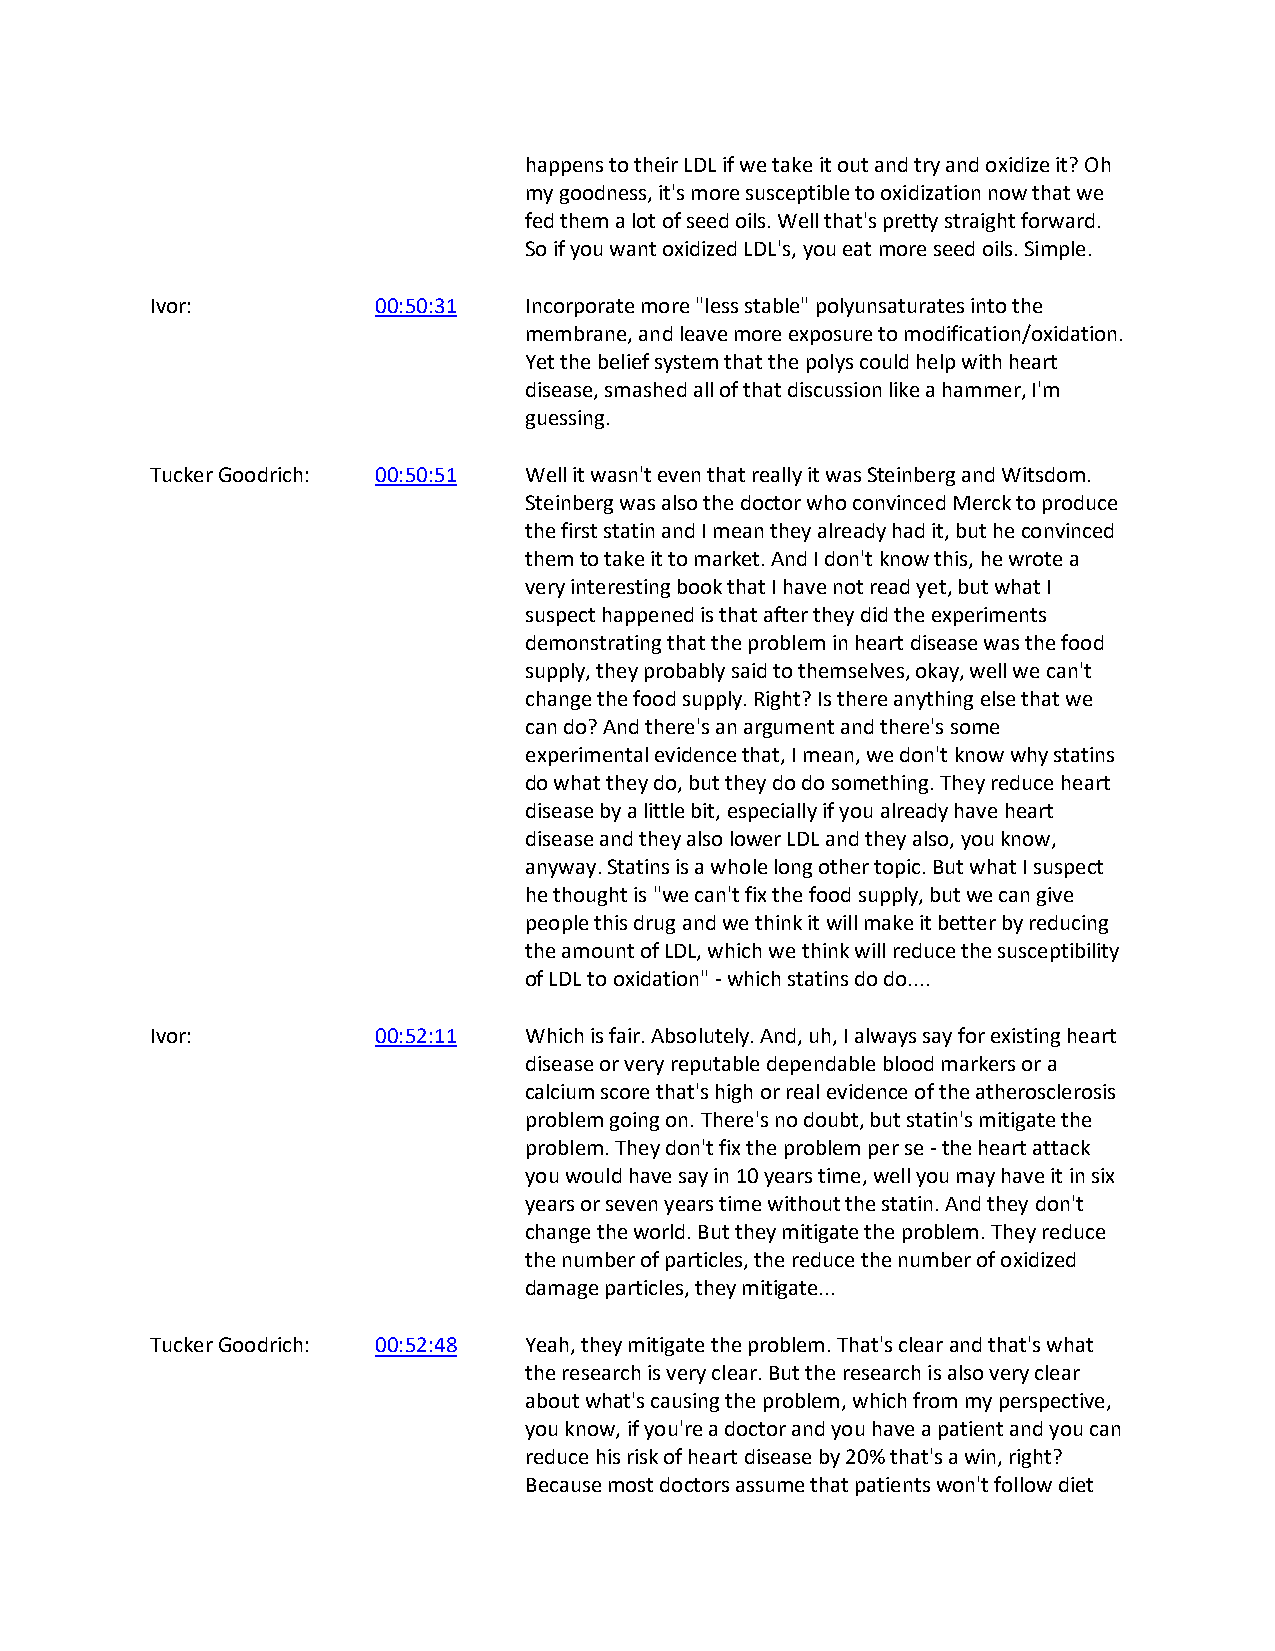
happens to their LDL if we take it out and try and oxidize it? Oh
 my goodness, it's more susceptible to oxidization now that we
 fed them a lot of seed oils. Well that's pretty straight forward.
 So if you want oxidized LDL's, you eat more seed oils. Simple.
 Ivor:          00:50:31  Incorporate more "less stable" polyunsaturates into the
 membrane, and leave more exposure to modification/oxidation.
 Yet the belief system that the polys could help with heart
 disease, smashed all of that discussion like a hammer, I'm
 guessing.
 Tucker Goodrich: 00:50:51 Well it wasn't even that really it was Steinberg and Witsdom.
 Steinberg was also the doctor who convinced Merck to produce
 the first statin and I mean they already had it, but he convinced
 them to take it to market. And I don't know this, he wrote a
 very interesting book that I have not read yet, but what I
 suspect happened is that after they did the experiments
 demonstrating that the problem in heart disease was the food
 supply, they probably said to themselves, okay, well we can't
 change the food supply. Right? Is there anything else that we
 can do? And there's an argument and there's some
 experimental evidence that, I mean, we don't know why statins
 do what they do, but they do do something. They reduce heart
 disease by a little bit, especially if you already have heart
 disease and they also lower LDL and they also, you know,
 anyway. Statins is a whole long other topic. But what I suspect
 he thought is "we can't fix the food supply, but we can give
 people this drug and we think it will make it better by reducing
 the amount of LDL, which we think will reduce the susceptibility
 of LDL to oxidation" - which statins do do....
 Ivor:          00:52:11  Which is fair. Absolutely. And, uh, I always say for existing heart
 disease or very reputable dependable blood markers or a
 calcium score that's high or real evidence of the atherosclerosis
 problem going on. There's no doubt, but statin's mitigate the
 problem. They don't fix the problem per se - the heart attack
 you would have say in 10 years time, well you may have it in six
 years or seven years time without the statin. And they don't
 change the world. But they mitigate the problem. They reduce
 the number of particles, the reduce the number of oxidized
 damage particles, they mitigate...
 Tucker Goodrich: 00:52:48 Yeah, they mitigate the problem. That's clear and that's what
 the research is very clear. But the research is also very clear
 about what's causing the problem, which from my perspective,
 you know, if you're a doctor and you have a patient and you can
 reduce his risk of heart disease by 20% that's a win, right?
 Because most doctors assume that patients won't follow diet